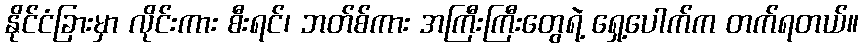
နိုင်ငံခြားမှာ လိုင်းကား စီးရင်၊ ဘတ်စ်ကား အကြီးကြီးတွေရဲ့ ရှေ့ပေါက်က တက်ရတယ်။